Insane asylums Bombay 1873-77 - 1873-1877
Year: 1873
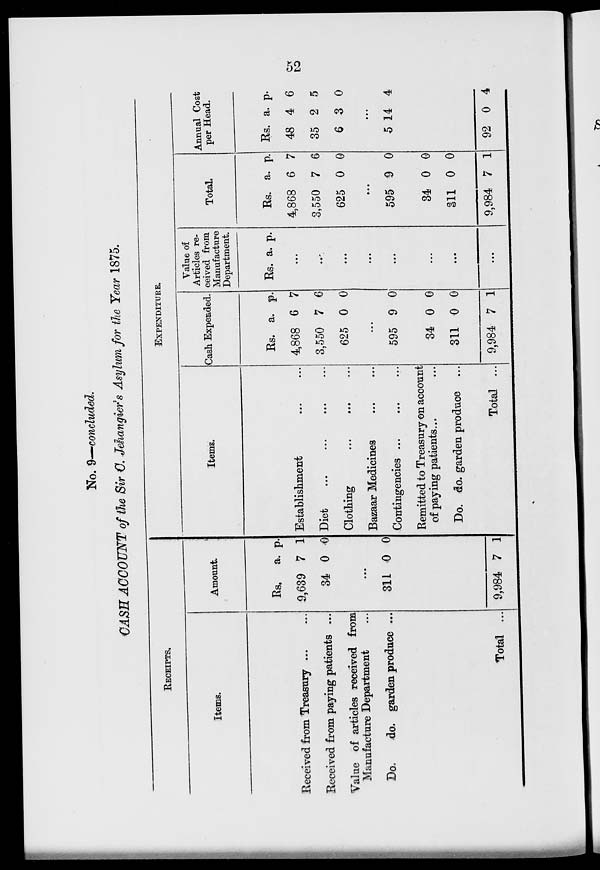
52
No. 9—concluded.
CASH ACCOUNT of the Sir C. Jehangier's Asylum for the Year 1875.
RECEIPTS.
Items.
Received from Treasury ... ...
Received from paying patients ...
Value of articles received from
Manufacture Department ...
Do.
do. garden produce ...
Total ...
Amount.
Rs.
9,639
34
a.
7
0
p.
1
0
...
311 0 0
9,984 7 1
EXPENDITURE..
Items.
Establishment ... ...
Diet
...
...
...
...
Clothing
...
...
...
Bazaar Medicines ... ...
Contingencies
...
...
...
Remitted to Treasury on account
of paying patients...
Do. do. garden produce ...
Total ...
Cash Expended.
Rs.
4,868
3,550
625
a.
6
7
0
p.
7
6
0
...
595
34
311
9,984
9
0
0
7
0
0
0
1
Value of
Articles re-
ceived from
Manufacture
Department.
Rs. a. p.
...
...
...
...
...
....
...
...
Total.
Rs.
4,868
3,550
625
a.
6
7
0
p.
7
6
0
...
595
34
311
9,984
9
0
0
7
0
0
0
1
Annual Cost
per Head.
Rs.
48
35
6
a.
4
2
3
p.
6
5
0
...
5 14 4
92 0 4